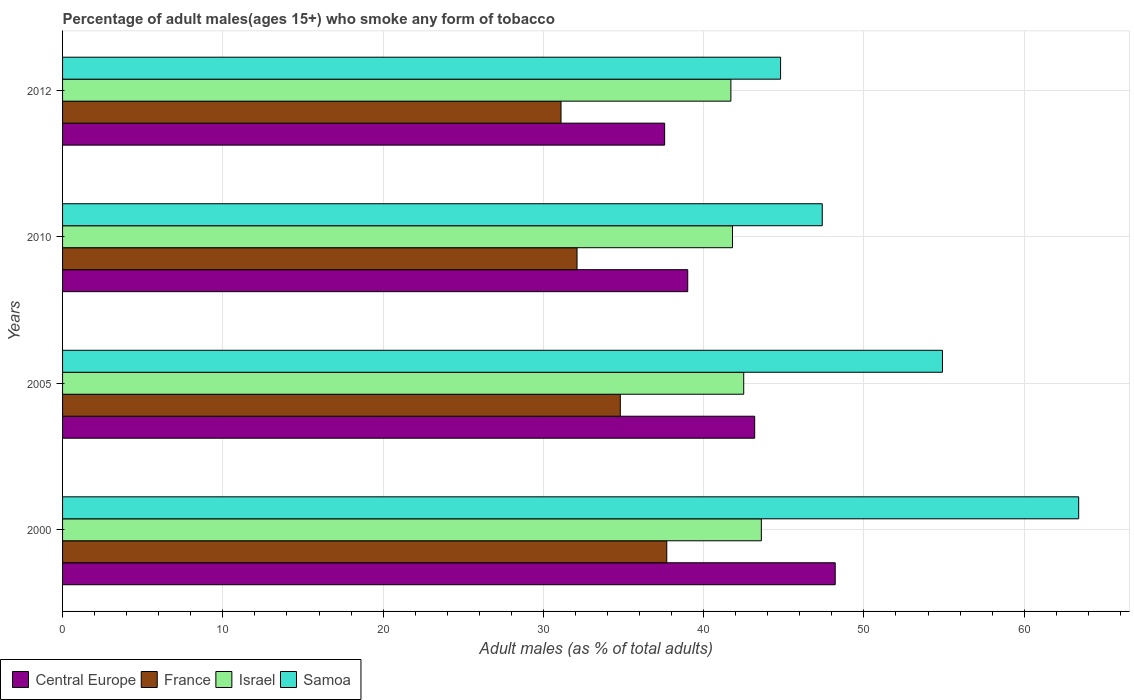
| Years | Central Europe | France | Israel | Samoa |
 | --- | --- | --- | --- | --- |
 | 2000 | 48.2 | 37.7 | 43.6 | 63.4 |
 | 2005 | 43.2 | 34.8 | 42.5 | 54.9 |
 | 2010 | 39 | 32.1 | 41.8 | 47.4 |
 | 2012 | 37.6 | 31.1 | 41.7 | 44.8 |